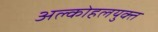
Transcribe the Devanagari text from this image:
अल्कोहलयुक्त